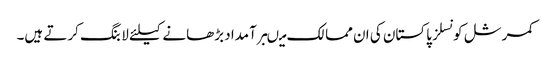
کمرشل کونسلز پاکستان کی ان ممالک میںبرآمداد بڑھانے کیلئے لابنگ کرتے ہیں۔